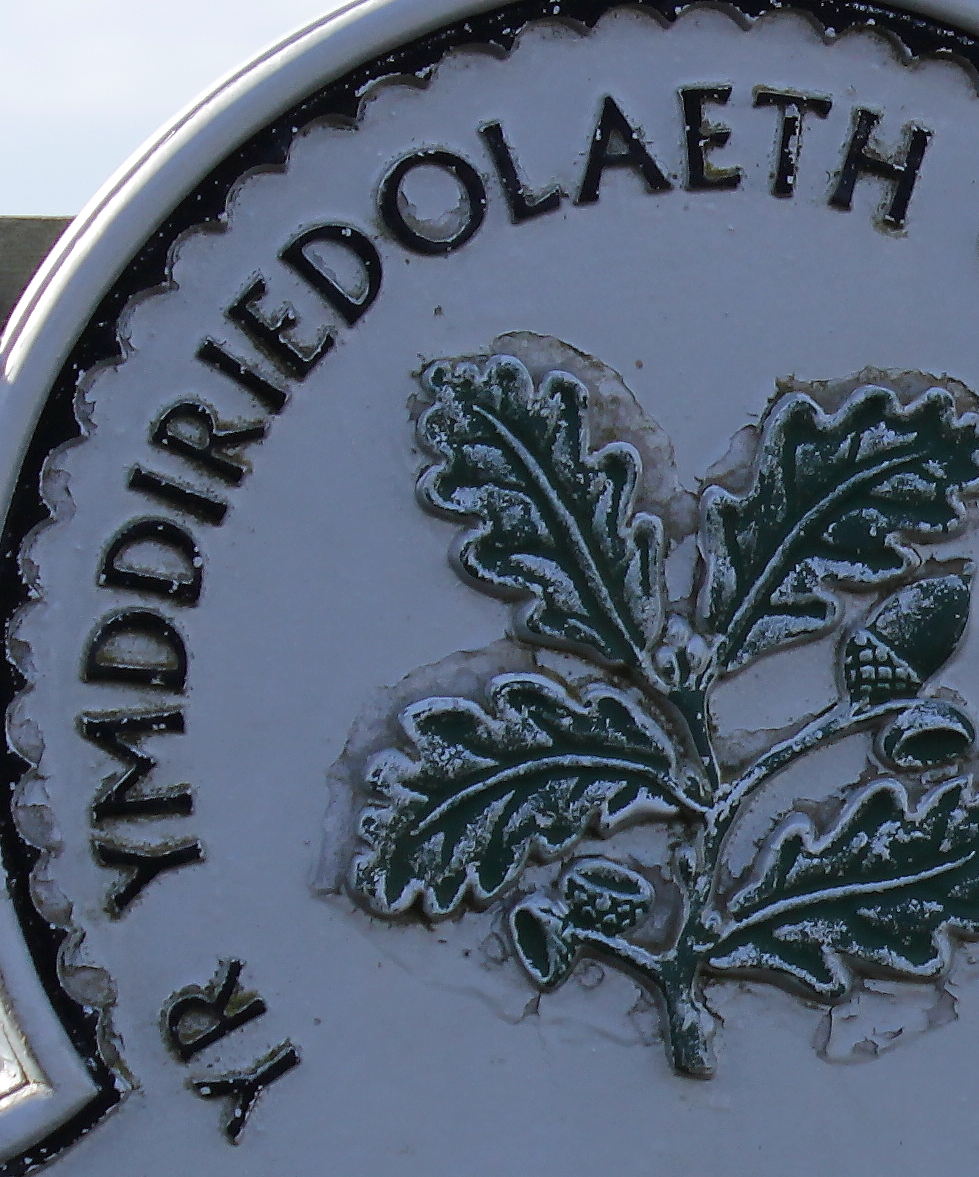
YR YMDDIRIEDOLAETH